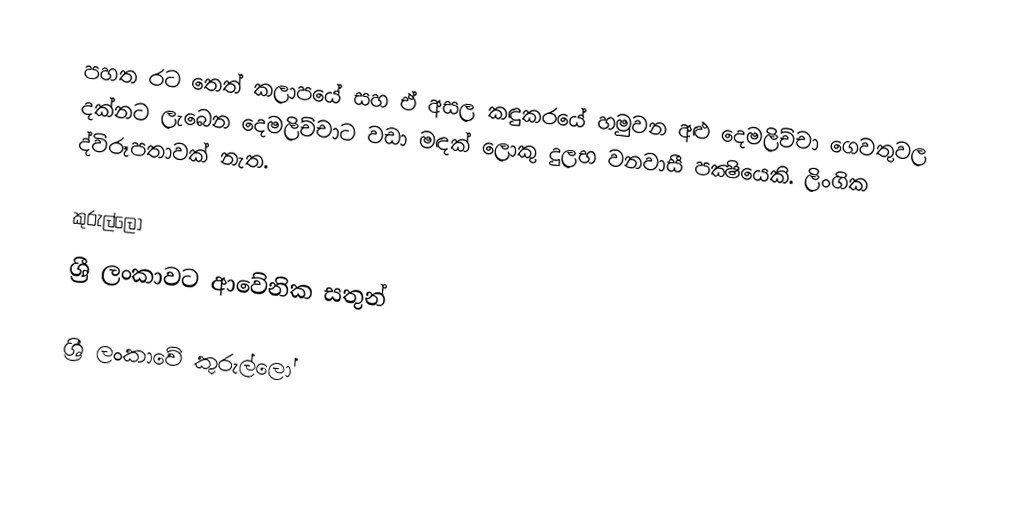
පහත රට තෙත් කලාපයේ සහ ඒ අසල කඳුකරයේ හමුවන අළු දෙමලිච්චා  ගෙවතුවල දක්නට ලැබෙන දෙමලිච්චාට වඩා මඳක් ලොකු දුලභ වනවාසී පක්‍ෂියෙකි. ලිංගික ද්විරූපතාවක් නැත.

කුරුල්ලෝ
ශ්‍රී ලංකා‍වට ආවේනික සතුන්

ශ්‍රී ලංකාවේ කුරුල්ලෝ